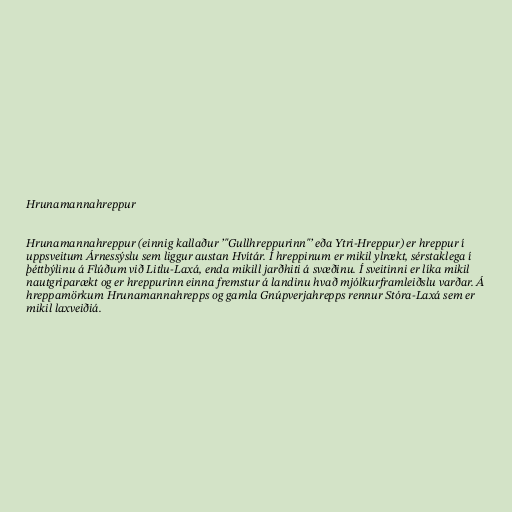
Hrunamannahreppur

Hrunamannahreppur (einnig kallaður ’"Gullhreppurinn"’ eða Ytri-Hreppur) er hreppur í
uppsveitum Árnessýslu sem liggur austan Hvítár. Í hreppinum er mikil ylrækt, sérstaklega í
þéttbýlinu á Flúðum við Litlu-Laxá, enda mikill jarðhiti á svæðinu. Í sveitinni er líka mikil
nautgriparækt og er hreppurinn einna fremstur á landinu hvað mjólkurframleiðslu varðar. Á
hreppamörkum Hrunamannahrepps og gamla Gnúpverjahrepps rennur Stóra-Laxá sem er
mikil laxveiðiá.